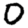
Digit: 0